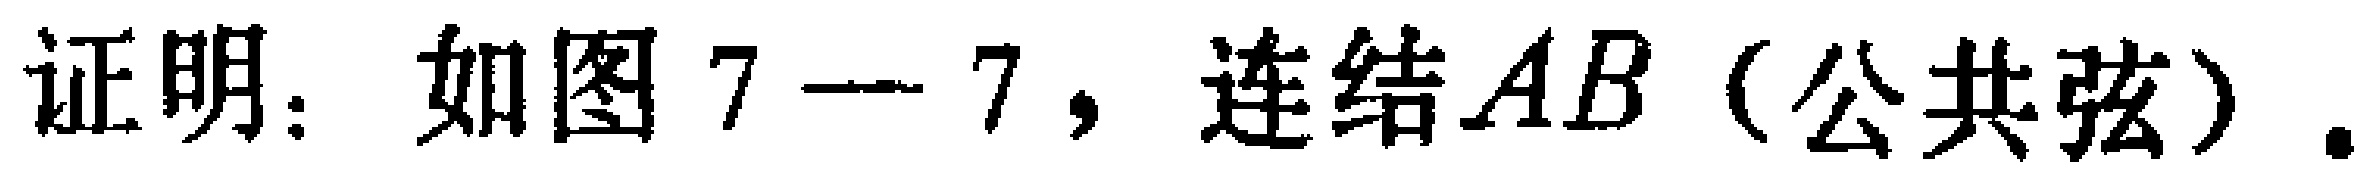
证明：如图7—7，连结\(AB\)（公共弦）.